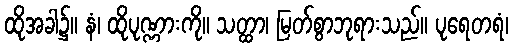
ထိုအခါ၌။ နံ၊ ထိုပုဏ္ဏားကို။ သတ္ထာ၊ မြတ်စွာဘုရားသည်။ ပုရေတရံ၊